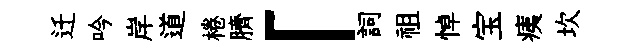
迁吟岸道棬臍「詞祖悼宝痍坎